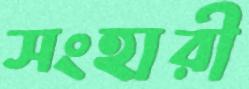
সংহারী